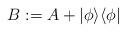
LaTeX: \begin{align*} B:=A+|\phi\rangle \langle \phi|\end{align*}